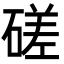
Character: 磋